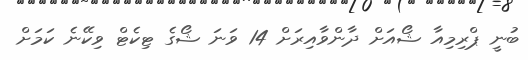
ބުނީ ޕްރިމިއާ ޝޯއަށް ދާންވާއިރަށް 14 ވަނަ ޝޯގެ ޓިކެޓް ވިކޭނެ ކަމަށް